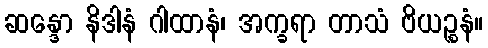
ဆန္ဒော နိဒါနံ ဂါထာနံ၊ အက္ခရာ တာသံ ဗိယဉ္စနံ။